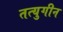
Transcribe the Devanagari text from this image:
तत्युगीन